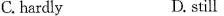
C.hardly D.still